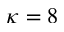
\kappa = 8